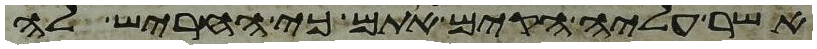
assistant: אשר עליה הקים אתם כי חריש לה